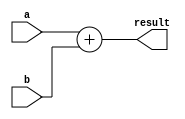
module generate_function #(
    parameter WIDTH = 8
) (
    input [WIDTH-1:0] a, b,
    output reg [WIDTH-1:0] result
);

always @* begin
    result = a + b;
end

endmodule